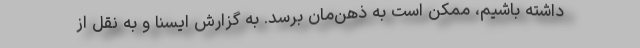
داشته باشیم، ممکن است به ذهن‌مان برسد. به گزارش ایسنا و به نقل از